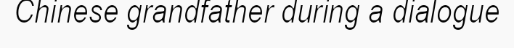
Chinese grandfather during a dialogue